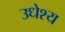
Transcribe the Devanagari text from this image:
उधेश्य